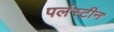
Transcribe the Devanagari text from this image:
पर्लस्टीन